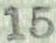
15